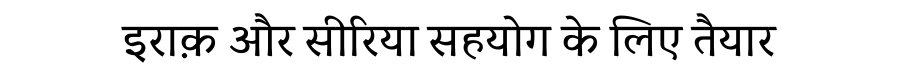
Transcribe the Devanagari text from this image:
इराक़ और सीरिया सहयोग के लिए तैयार